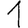
Digit: 1